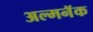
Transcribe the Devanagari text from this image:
अल्मनॅक